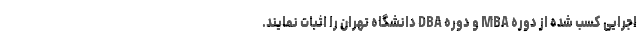
اجرایی کسب شده از دوره‌ MBA و دوره DBA دانشگاه تهران را اثبات نمایند.